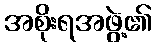
အစိုးရအဖွဲ့၏